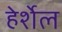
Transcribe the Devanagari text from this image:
हेर्शेल